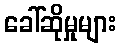
ခေါ်ဆိုမှုများ